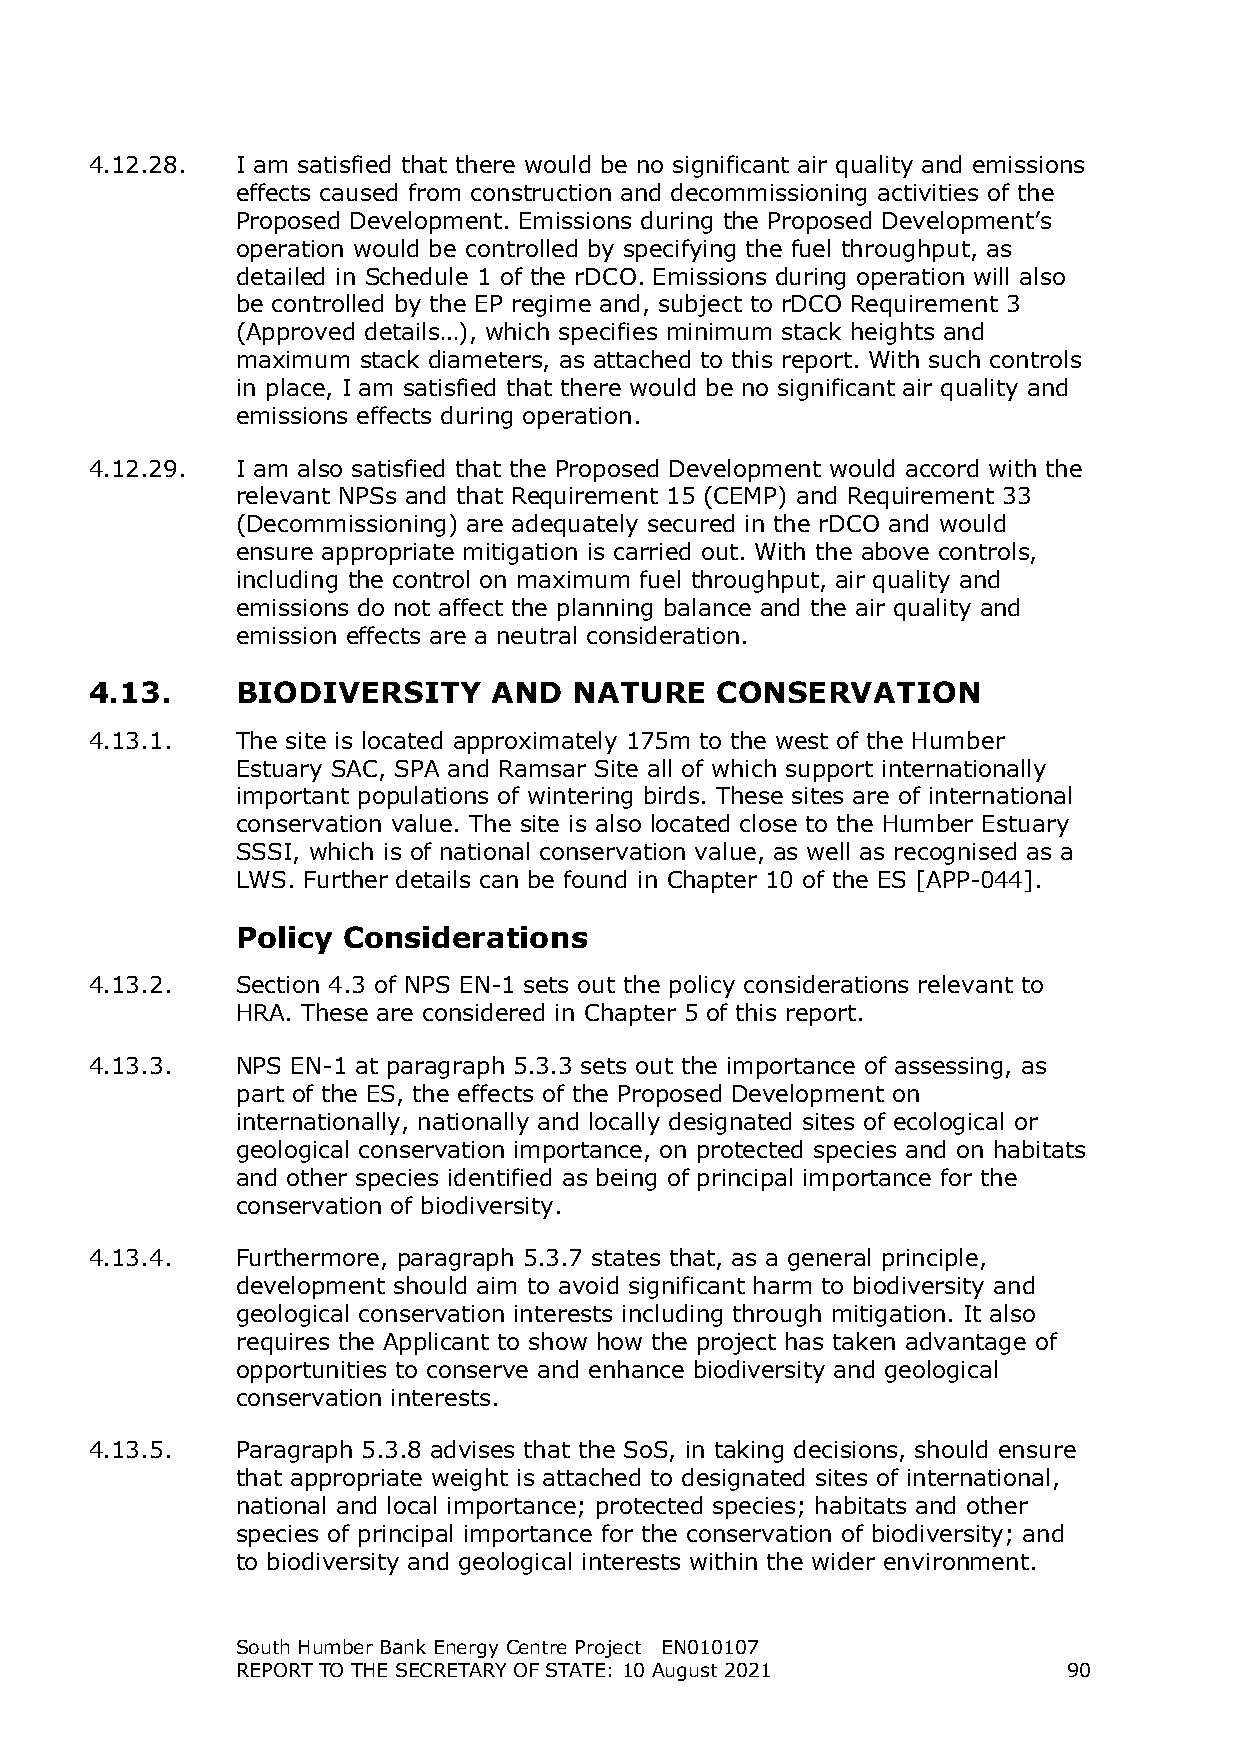
4.12.28.  I am satisfied that there would be no significant air quality and emissions
 effects caused from construction and decommissioning activities of the
 Proposed Development. Emissions during the Proposed Development’s
 operation would be controlled by specifying the fuel throughput, as
 detailed in Schedule 1 of the rDCO. Emissions during operation will also
 be controlled by the EP regime and, subject to rDCO Requirement 3
 (Approved details…), which specifies minimum stack heights and
 maximum stack diameters, as attached to this report. With such controls
 in place, I am satisfied that there would be no significant air quality and
 emissions effects during operation.
 4.12.29.  I am also satisfied that the Proposed Development would accord with the
 relevant NPSs and that Requirement 15 (CEMP) and Requirement 33
 (Decommissioning) are adequately secured in the rDCO and would
 ensure appropriate mitigation is carried out. With the above controls,
 including the control on maximum fuel throughput, air quality and
 emissions do not affect the planning balance and the air quality and
 emission effects are a neutral consideration.
 4.13.     BIODIVERSITY     AND  NATURE   CONSERVATION
 4.13.1.   The site is located approximately 175m to the west of the Humber
 Estuary SAC, SPA and Ramsar Site all of which support internationally
 important populations of wintering birds. These sites are of international
 conservation value. The site is also located close to the Humber Estuary
 SSSI, which is of national conservation value, as well as recognised as a
 LWS. Further details can be found in Chapter 10 of the ES [APP-044].
 Policy Considerations
 4.13.2.   Section 4.3 of NPS EN-1 sets out the policy considerations relevant to
 HRA. These are considered in Chapter 5 of this report.
 4.13.3.   NPS EN-1 at paragraph 5.3.3 sets out the importance of assessing, as
 part of the ES, the effects of the Proposed Development on
 internationally, nationally and locally designated sites of ecological or
 geological conservation importance, on protected species and on habitats
 and other species identified as being of principal importance for the
 conservation of biodiversity.
 4.13.4.   Furthermore, paragraph 5.3.7 states that, as a general principle,
 development should aim to avoid significant harm to biodiversity and
 geological conservation interests including through mitigation. It also
 requires the Applicant to show how the project has taken advantage of
 opportunities to conserve and enhance biodiversity and geological
 conservation interests.
 4.13.5.   Paragraph 5.3.8 advises that the SoS, in taking decisions, should ensure
 that appropriate weight is attached to designated sites of international,
 national and local importance; protected species; habitats and other
 species of principal importance for the conservation of biodiversity; and
 to biodiversity and geological interests within the wider environment.
 South Humber Bank Energy Centre Project EN010107
 REPORT TO THE SECRETARY OF STATE: 10 August 2021       90